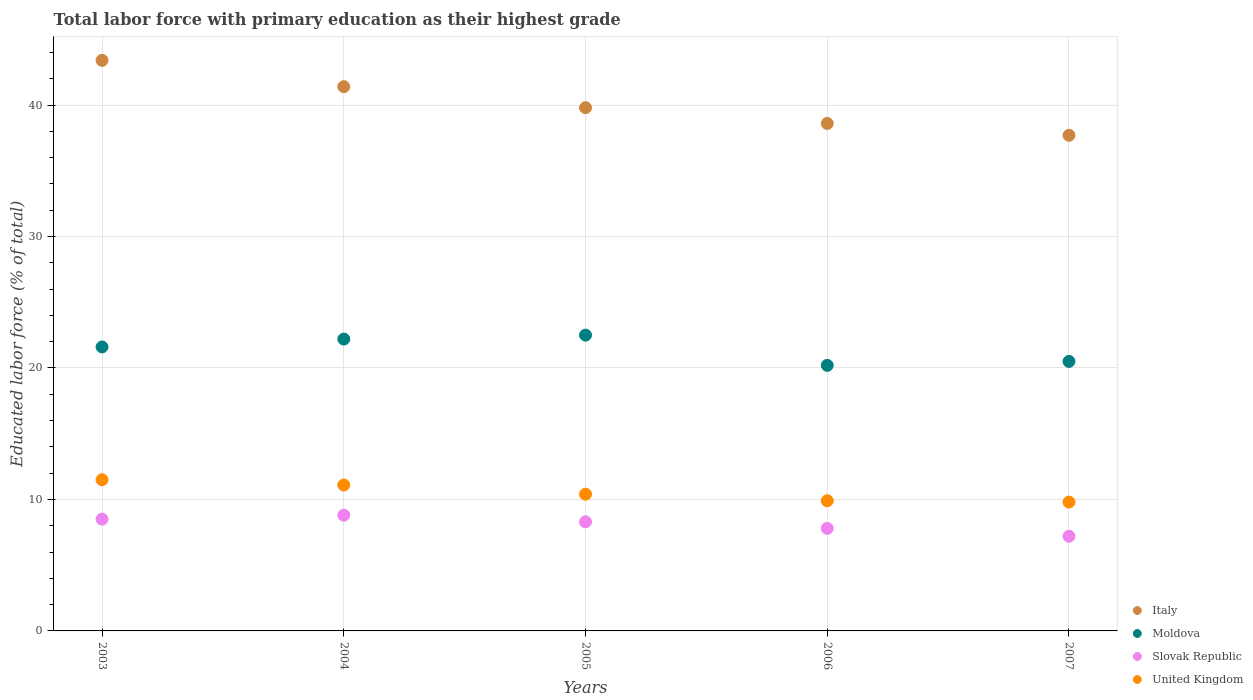
| Years | Italy | Moldova | Slovak Republic | United Kingdom |
 | --- | --- | --- | --- | --- |
 | 2003 | 43.4 | 21.6 | 8.5 | 11.5 |
 | 2004 | 41.4 | 22.2 | 8.8 | 11.1 |
 | 2005 | 39.8 | 22.5 | 8.3 | 10.4 |
 | 2006 | 38.6 | 20.2 | 7.8 | 9.9 |
 | 2007 | 37.7 | 20.5 | 7.2 | 9.8 |